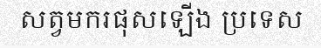
សត្វមករផុសឡើង ប្រទេស